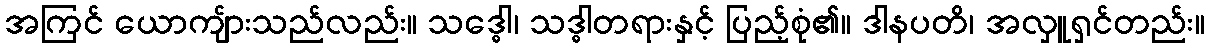
အကြင် ယောကျ်ားသည်လည်း။ သဒ္ဓေါ၊ သဒ္ဓါတရားနှင့် ပြည့်စုံ၏။ ဒါနပတိ၊ အလှူရှင်တည်း။